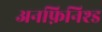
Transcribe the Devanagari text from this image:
अनफ़िनिश्ड